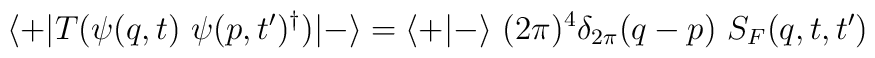
\langle +\vert T(\psi (q,t)\ \psi (p,t')^\dagger )\vert -\rangle =\langle +\vert -\rangle\ (2\pi)^4\delta_{2\pi}(q-p)\ S_F(q,t,t')